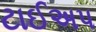
ટાઈઅપ